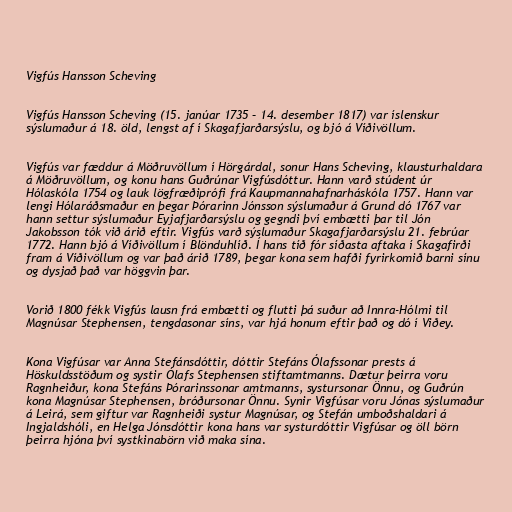
Vigfús Hansson Scheving

Vigfús Hansson Scheving (15. janúar 1735 – 14. desember 1817) var íslenskur
sýslumaður á 18. öld, lengst af í Skagafjarðarsýslu, og bjó á Víðivöllum.

Vigfús var fæddur á Möðruvöllum í Hörgárdal, sonur Hans Scheving, klausturhaldara
á Möðruvöllum, og konu hans Guðrúnar Vigfúsdóttur. Hann varð stúdent úr
Hólaskóla 1754 og lauk lögfræðiprófi frá Kaupmannahafnarháskóla 1757. Hann var
lengi Hólaráðsmaður en þegar Þórarinn Jónsson sýslumaður á Grund dó 1767 var
hann settur sýslumaður Eyjafjarðarsýslu og gegndi því embætti þar til Jón
Jakobsson tók við árið eftir. Vigfús varð sýslumaður Skagafjarðarsýslu 21. febrúar
1772. Hann bjó á Víðivöllum í Blönduhlíð. Í hans tíð fór síðasta aftaka í Skagafirði
fram á Víðivöllum og var það árið 1789, þegar kona sem hafði fyrirkomið barni sínu
og dysjað það var höggvin þar.

Vorið 1800 fékk Vigfús lausn frá embætti og flutti þá suður að Innra-Hólmi til
Magnúsar Stephensen, tengdasonar síns, var hjá honum eftir það og dó í Viðey.

Kona Vigfúsar var Anna Stefánsdóttir, dóttir Stefáns Ólafssonar prests á
Höskuldsstöðum og systir Ólafs Stephensen stiftamtmanns. Dætur þeirra voru
Ragnheiður, kona Stefáns Þórarinssonar amtmanns, systursonar Önnu, og Guðrún
kona Magnúsar Stephensen, bróðursonar Önnu. Synir Vigfúsar voru Jónas sýslumaður
á Leirá, sem giftur var Ragnheiði systur Magnúsar, og Stefán umboðshaldari á
Ingjaldshóli, en Helga Jónsdóttir kona hans var systurdóttir Vigfúsar og öll börn
þeirra hjóna því systkinabörn við maka sína.